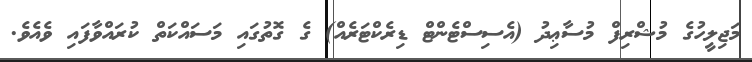
މަޖިލީހުގެ މުޝްރިފް މުސާޢިދު (އެސިސްޓެންޓް ޑިރެކްޓަރެއް) ގެ ގޮތުގައި މަސައްކަތް ކުރައްވާފައި ވެއެވެ.